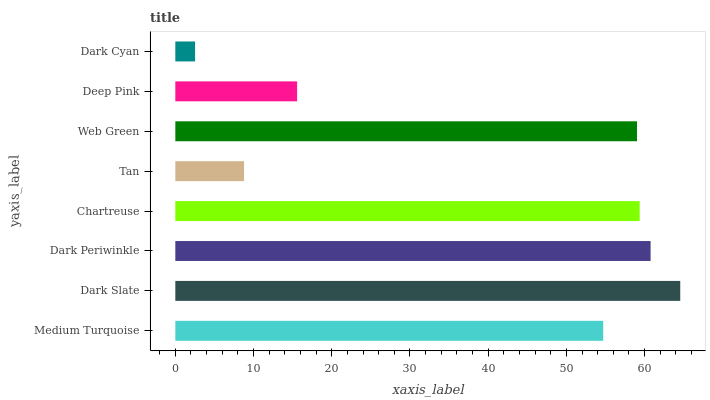
| yaxis_label | bars |
 | --- | --- |
 | Medium Turquoise | 54.7 |
 | Dark Slate | 64.6 |
 | Dark Periwinkle | 60.8 |
 | Chartreuse | 59.4 |
 | Tan | 8.79 |
 | Web Green | 59 |
 | Deep Pink | 15.6 |
 | Dark Cyan | 2.53 |